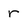
Character: r